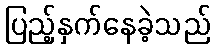
ပြည့်နှက်နေခဲ့သည်